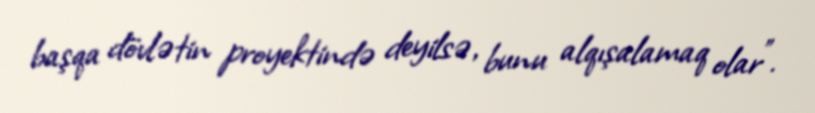
başqa dövlətin proyektində deyilsə, bunu alqışalamaq olar”.